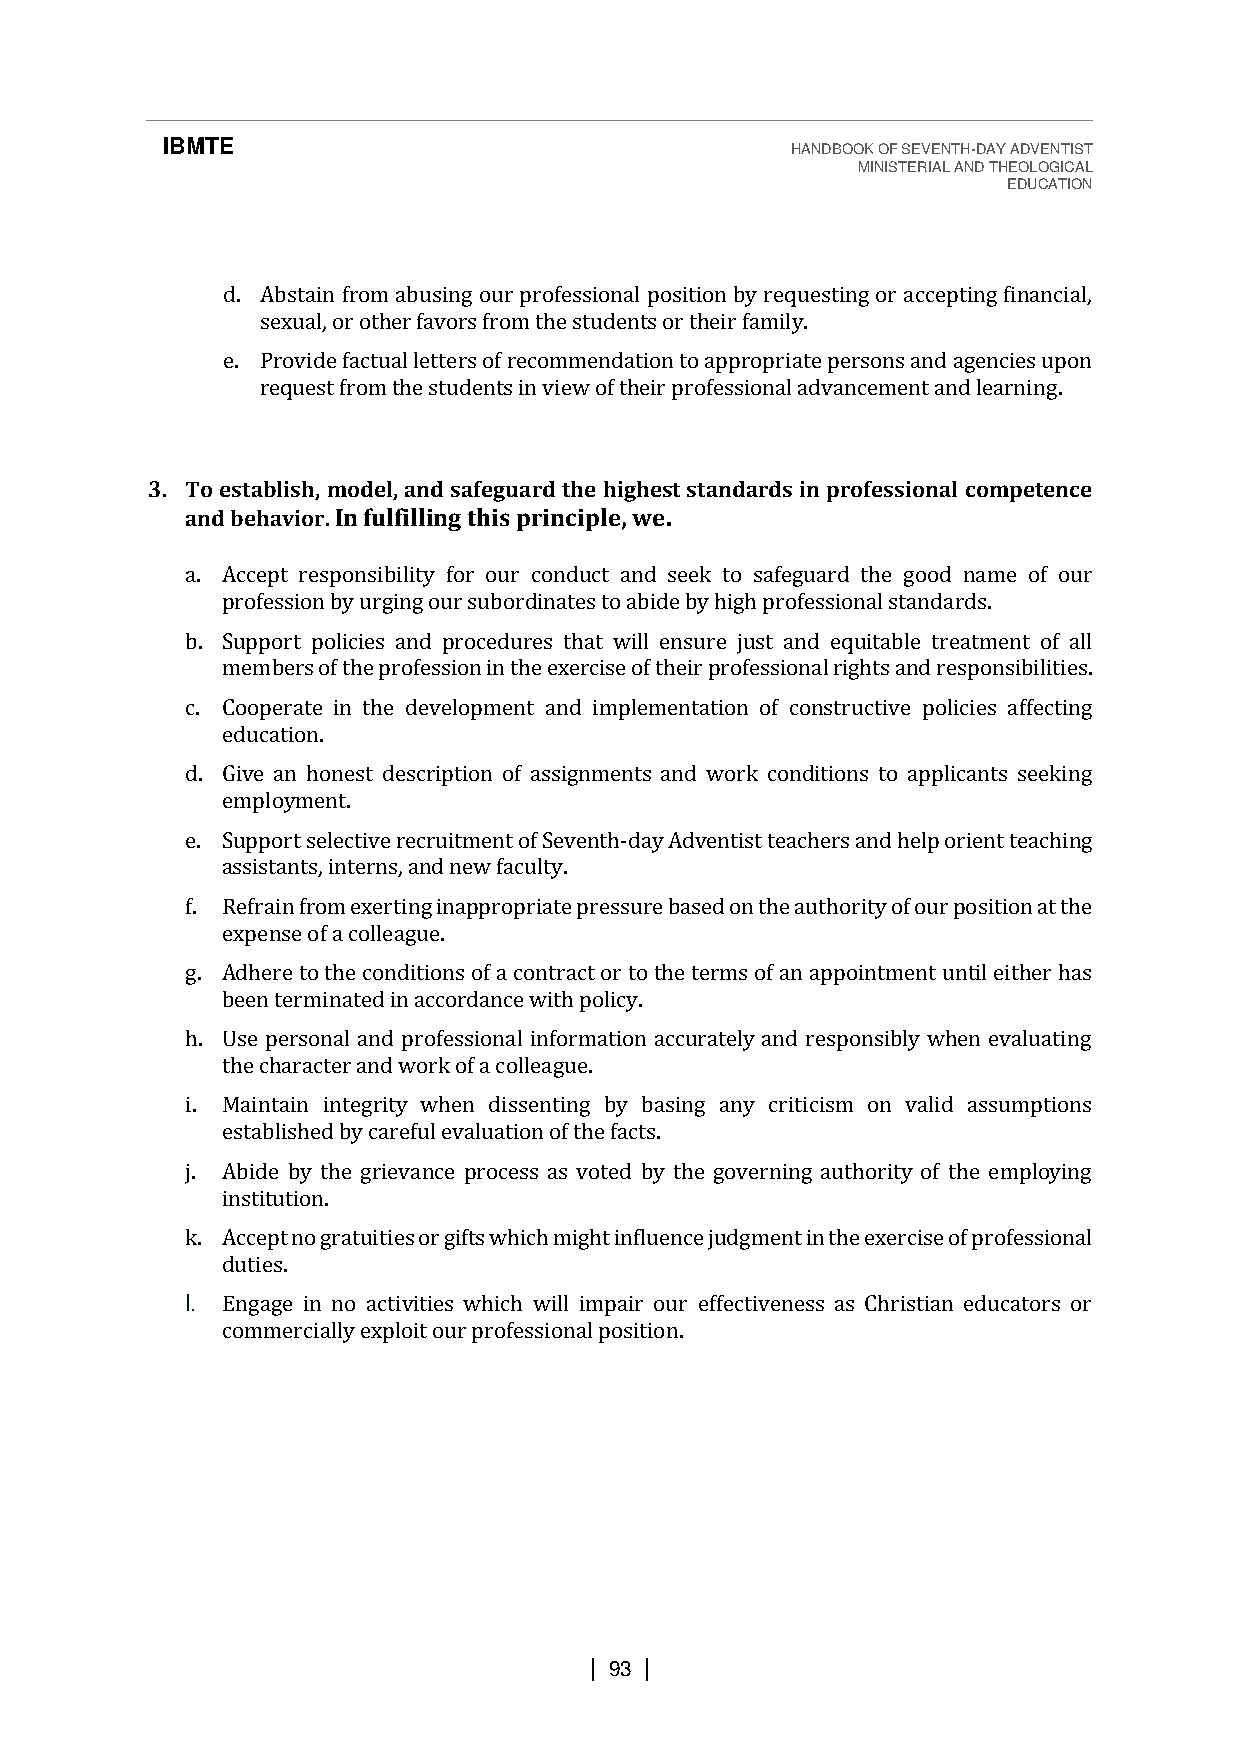
IBMTE                                    HANDBOOK OF SEVENTH-DAY ADVENTIST
 MINISTERIAL AND THEOLOGICAL
 EDUCATION
 d. Abstain from abusing our professional position by requesting or accepting financial,
 sexual, or other favors from the students or their family.
 e. Provide factual letters of recommendation to appropriate persons and agencies upon
 request from the students in view of their professional advancement and learning.
 3. To establish, model, and safeguard the highest standards in professional competence
 and behavior. In fulfilling this principle, we.
 a. Accept responsibility for our conduct and seek to safeguard the good name of our
 profession by urging our subordinates to abide by high professional standards.
 b. Support policies and procedures that will ensure just and equitable treatment of all
 members of the profession in the exercise of their professional rights and responsibilities.
 c. Cooperate in the development and implementation of constructive policies affecting
 education.
 d. Give an honest description of assignments and work conditions to applicants seeking
 employment.
 e. Support selective recruitment of Seventh-day Adventist teachers and help orient teaching
 assistants, interns, and new faculty.
 f. Refrain from exerting inappropriate pressure based on the authority of our position at the
 expense of a colleague.
 g. Adhere to the conditions of a contract or to the terms of an appointment until either has
 been terminated in accordance with policy.
 h. Use personal and professional information accurately and responsibly when evaluating
 the character and work of a colleague.
 i. Maintain integrity when dissenting by basing any criticism on valid assumptions
 established by careful evaluation of the facts.
 j. Abide by the grievance process as voted by the governing authority of the employing
 institution.
 k. Accept no gratuities or gifts which might influence judgment in the exercise of professional
 duties.
 l. Engage in no activities which will impair our effectiveness as Christian educators or
 commercially exploit our professional position.
 | 93 |